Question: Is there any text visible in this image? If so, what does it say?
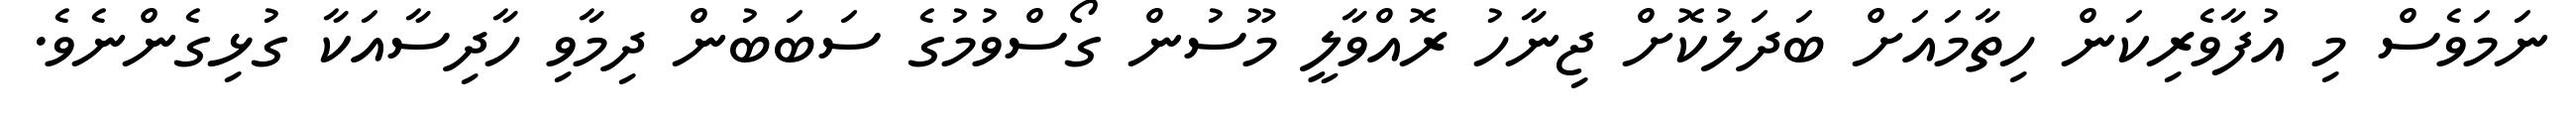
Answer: ނަމަވެސް މި އުފާވެރިކަން ހިތާމައަށް ބަދަލުކޮށް ޖިނާހު ރޮއްވާލީ މޫސުން ގޯސްވުމުގެ ސަބަބުން ދިމާވި ހާދިސާއަކާ ގުޅިގެންނެވެ.